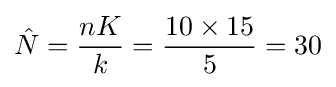
{\hat {N}}={\frac {nK}{k}}={\frac {10\times 15}{5}}=30